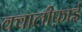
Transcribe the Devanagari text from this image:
क्वालीफ़ाई